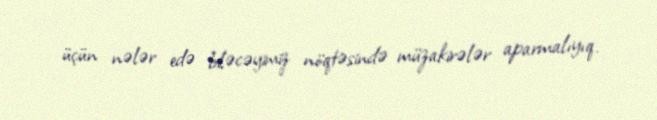
üçün nələr edə biləcəyimiz nöqtəsində müzakirələr aparmalıyıq.